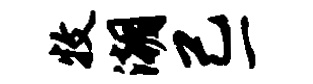
牧潮己一